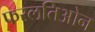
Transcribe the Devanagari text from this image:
फरलतिओन